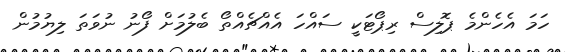
ހަމަ އެހެންމެ ޕޮލިސް ރިޕޯޓަކީ ސައްހަ އެއްޗެއްތޯ ބެލުމަށް ފޯނު ނުވަތަ ލިޔުމުން